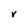
Character: V